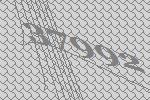
37992